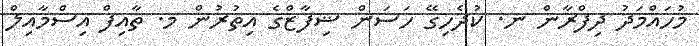
މުހައްމަދު ދިފްރާން ނ. ކުދެހިގޭ ހަސަން ޝިފާޒްގެ އިތުރުން މ. ތާއިފް އިސްމާއިލް